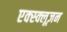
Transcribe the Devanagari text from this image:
एक्स्क्लूज़न